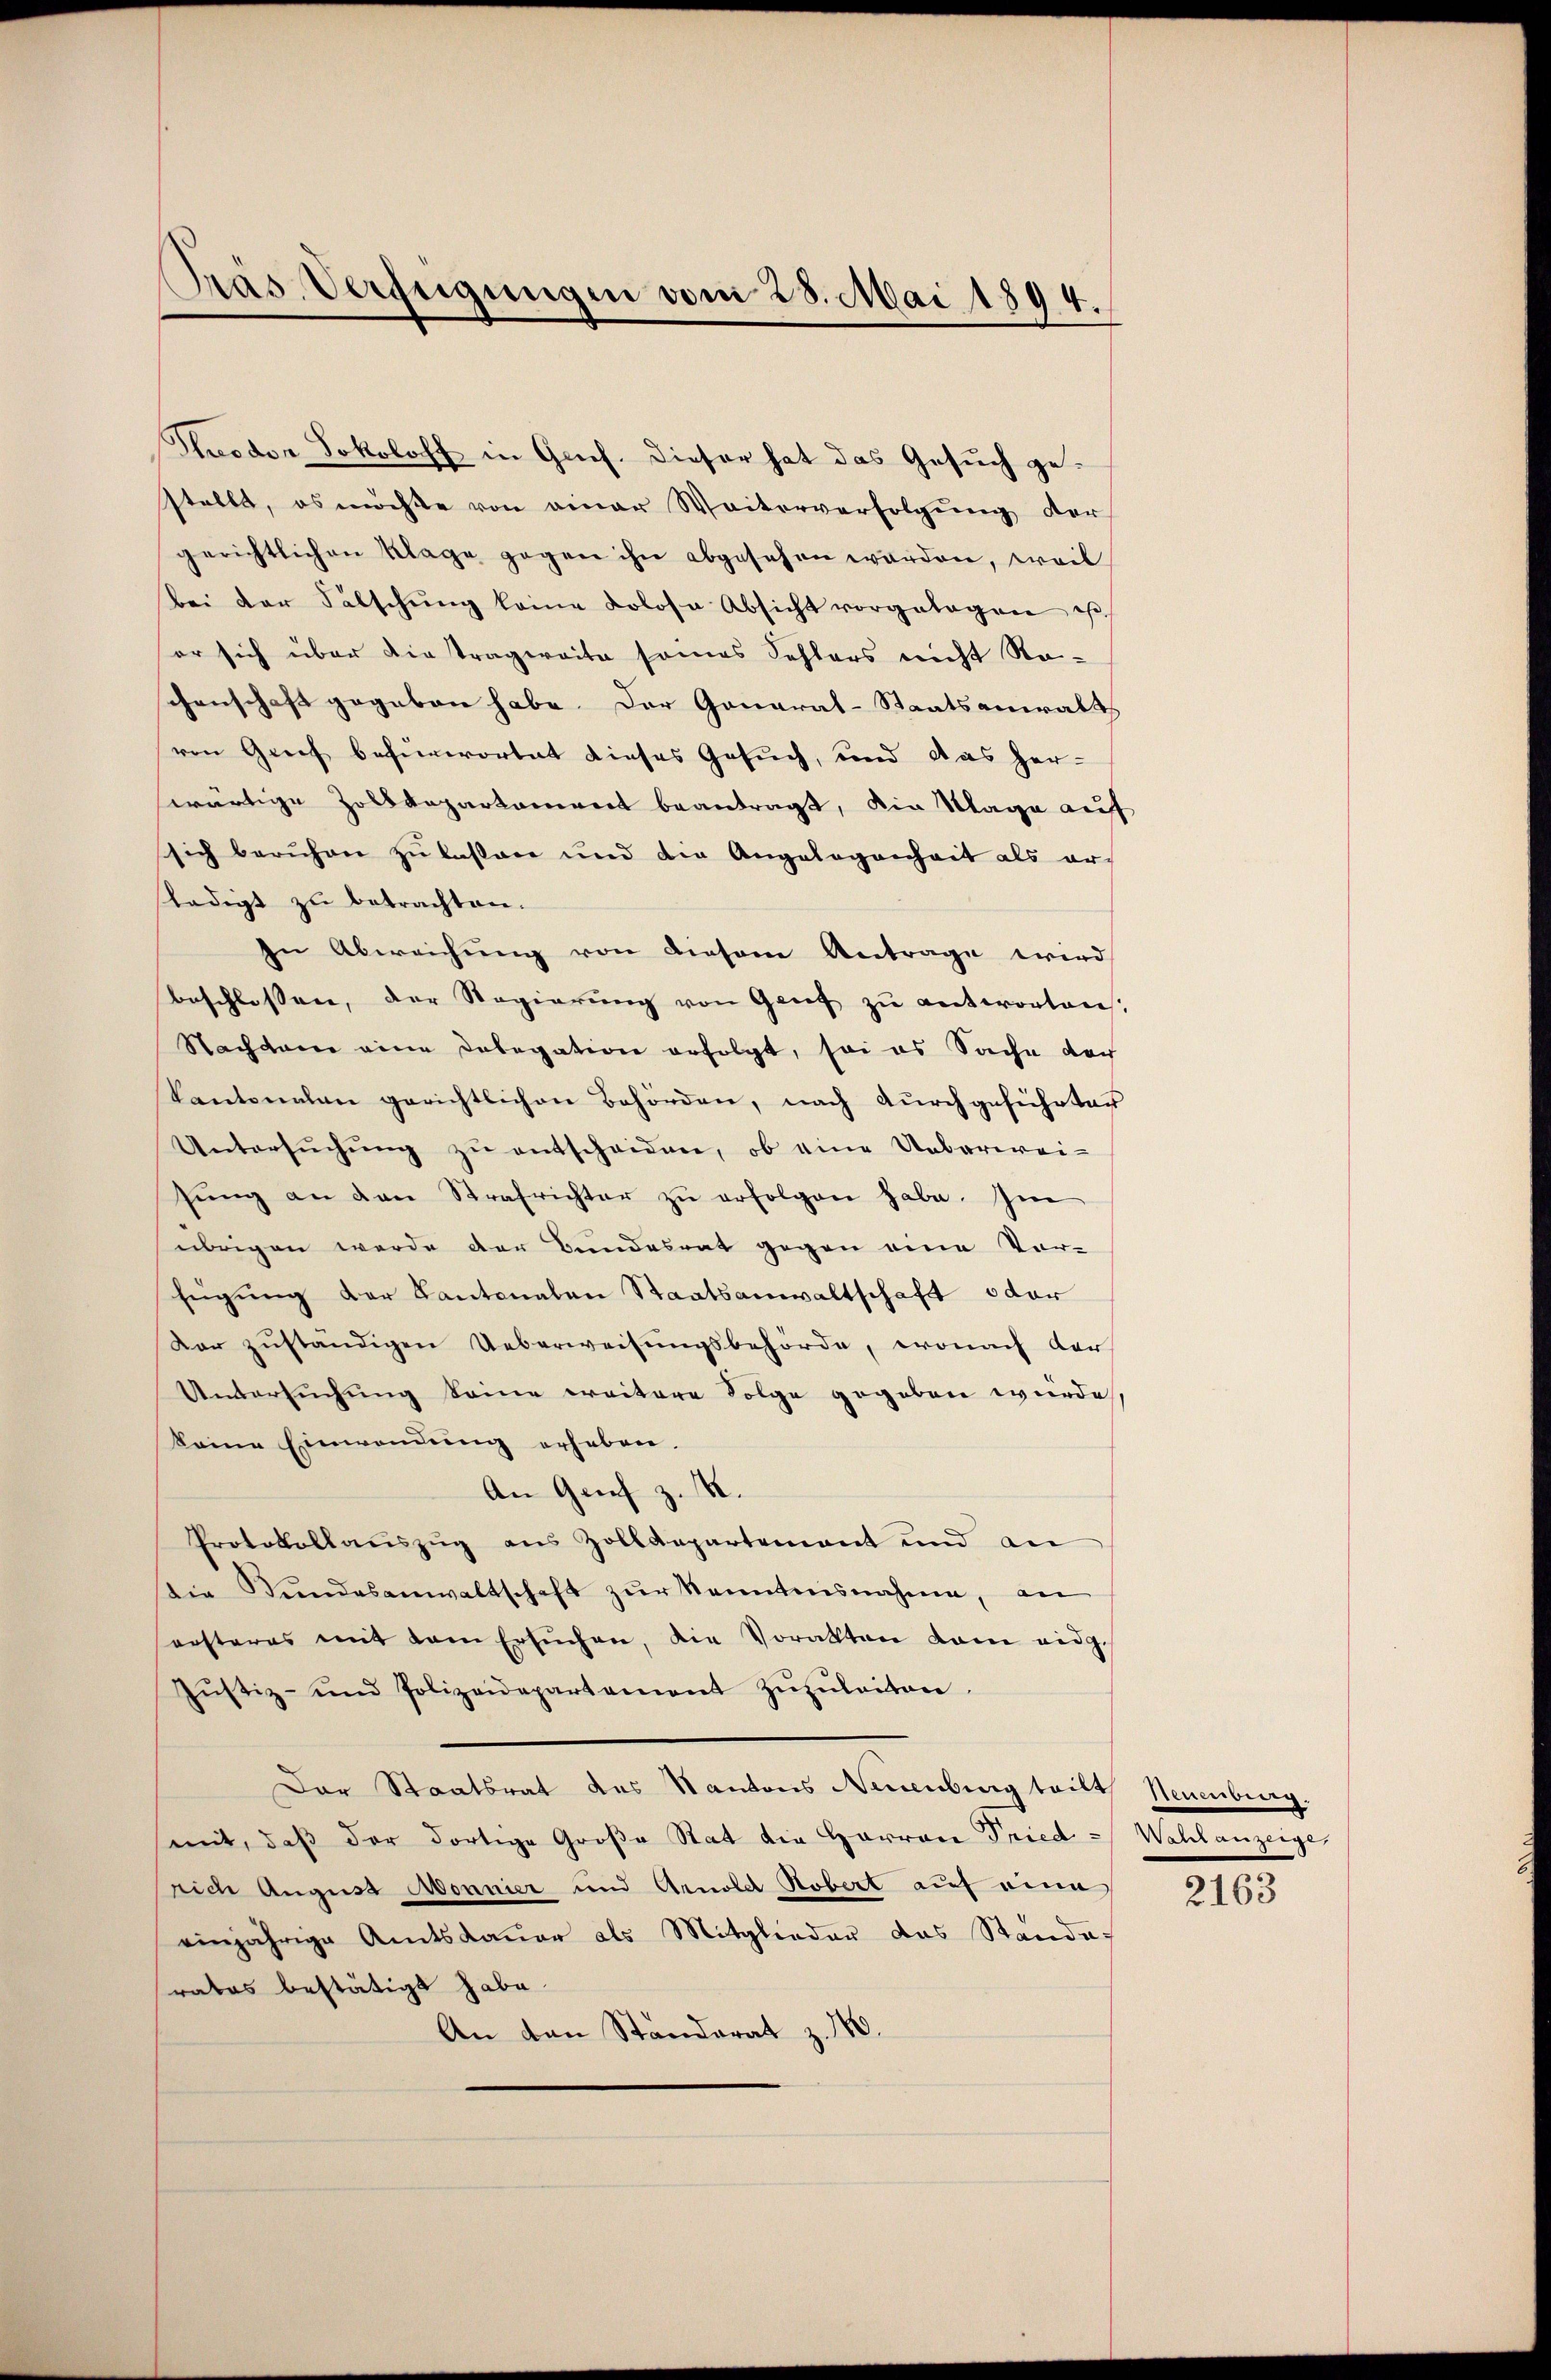
Das Verfeigungen vom 28. Mai 1894.

Stuodon Sokoloff in Grief. Dieser hat das Gesuch gestellt, es möchte von einer Weiterverfolgung der
gerichtlichen Klage gegen ihn abgesehen werden, weil
bei der Falschung keine Kolosa Absicht vorgelegen ist,
er sich über die tragweite seines Schlers nicht Ro-
schenschaft gegeben habe. Der General-Staatsanwalt
ren Greif befürwortet dieses Gesuch, und das herwärtige Zolldepartament beantragt, die Klage auf
sich beruhen zu lassere und die Angelegenheit als er-
ledigt zu betrachten.
In Abweichung von diesem Antrage wird
beschlossen, der Regierung von Genf zu antworten,
Nachtane eine Dolegation erfolgt, sei es Sache der
Kantonalen gerichtlichen Behörden, nach durchgeführter
Untersŭchŭng zu entscheiden, ob eine Ueberweisŭng an den Strafrichter zŭ erfolgen habe. Im
übrigen werde der Bundesrat gegen eine Vor-
fügung der Kantonalen Staatsanwaltschaft oder
Der zuständigen Ueberweisungsbehörde, wonach der
Untersuchung seine ereitere Folge gegeben wurde
keine Einwendung erheben.
An Genf z. B.
Protokollauszug aus Zolldepartement und an
Die Bŭndesanwaltschaft zŭr Kenntensnahme, an
sersteres mit dem Ersuchen, die Vorakten kam eidg.
Jŭstiz- und Polizeidepartement zŭzŭleiten.
Der Staatsrat des Kantons Neuenburg teilt Neuenburg.
mit, daß der dortige Große Stat die Harrare Fried - Wahlanzeige
rich August Aonnier und Arnold Robert auf eine
einjährige Amtsdauer als Mitglieder das Stande
rates bestätigt habe.
An den Ständerat z. 180.

2163